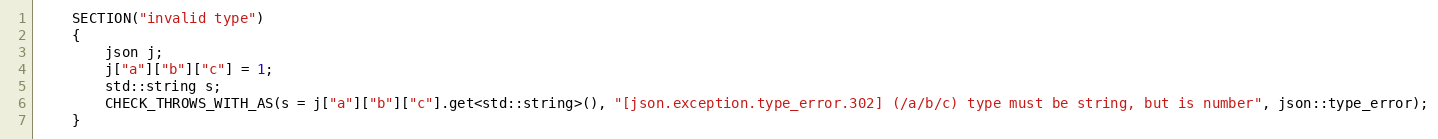
Language: C++
    SECTION("invalid type")
    {
        json j;
        j["a"]["b"]["c"] = 1;
        std::string s;
        CHECK_THROWS_WITH_AS(s = j["a"]["b"]["c"].get<std::string>(), "[json.exception.type_error.302] (/a/b/c) type must be string, but is number", json::type_error);
    }